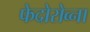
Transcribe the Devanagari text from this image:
फेदोरोव्ना